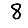
Digit: 8